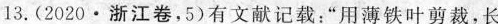
13.(2020·浙江卷，5)有文献记载：”用薄铁叶剪裁，长